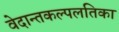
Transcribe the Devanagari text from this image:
वेदान्तकल्पलतिका